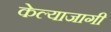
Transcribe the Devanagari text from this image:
केल्याजागी